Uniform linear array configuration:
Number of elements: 24
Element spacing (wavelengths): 1
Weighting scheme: hann
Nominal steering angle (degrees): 60
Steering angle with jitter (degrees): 58.354
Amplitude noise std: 0.05
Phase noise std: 0.05

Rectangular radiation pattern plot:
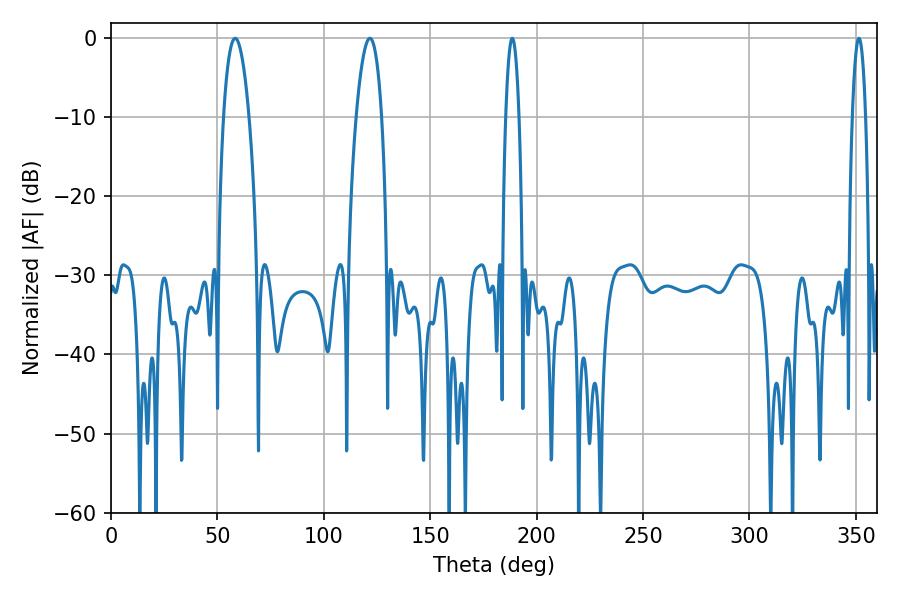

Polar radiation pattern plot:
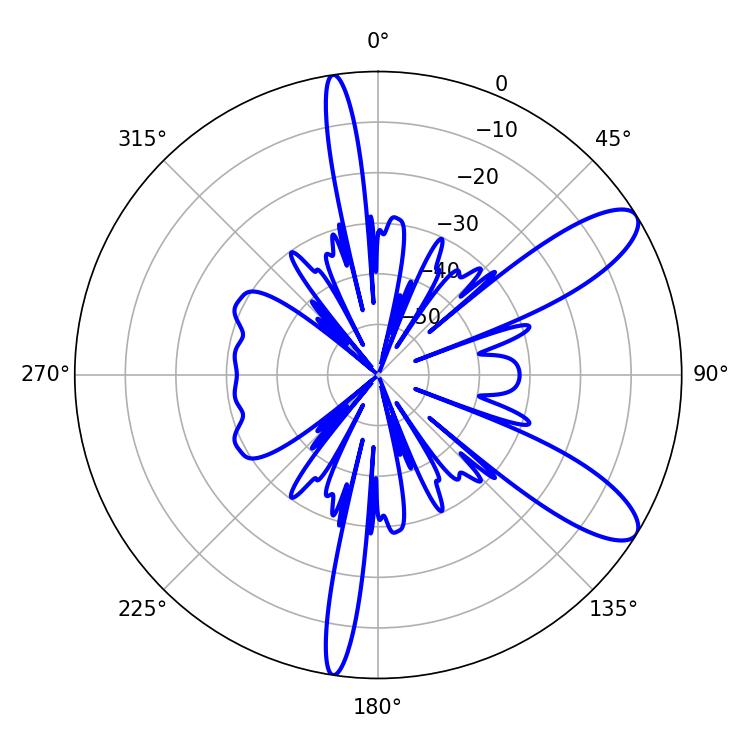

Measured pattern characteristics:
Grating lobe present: TRUE
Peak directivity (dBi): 10.171
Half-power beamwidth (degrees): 6.66
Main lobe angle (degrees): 58.32